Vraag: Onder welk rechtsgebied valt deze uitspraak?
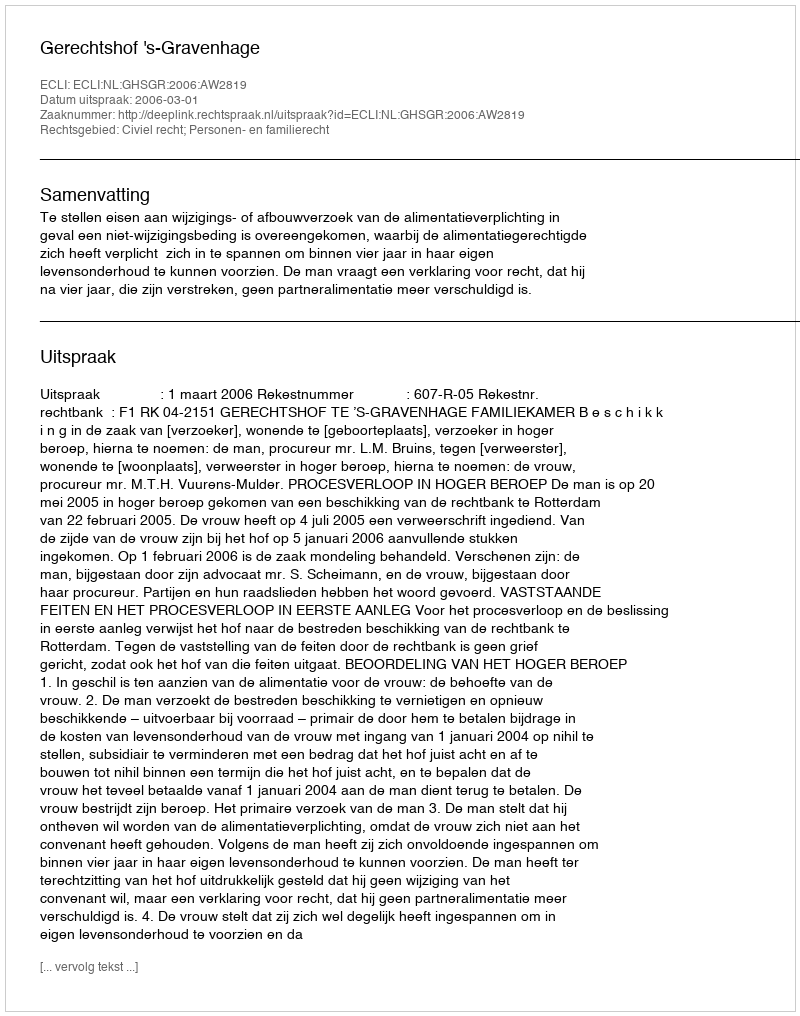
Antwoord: Civiel recht; Personen- en familierecht